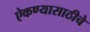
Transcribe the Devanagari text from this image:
ऐकण्यासाठीचे